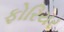
ફોરિયર